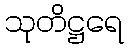
သုတိဋ္ဌရေ